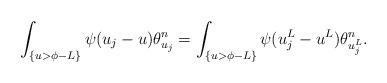
LaTeX: \begin{align*}\int_{\{u >\phi -L\}} \psi(u_{j} - u)\theta^{n}_{u_{j}} = \int_{\{ u > \phi-L\}} \psi(u_{j}^{L} - u^{L})\theta^{n}_{u_{j}^{L}}.\end{align*}